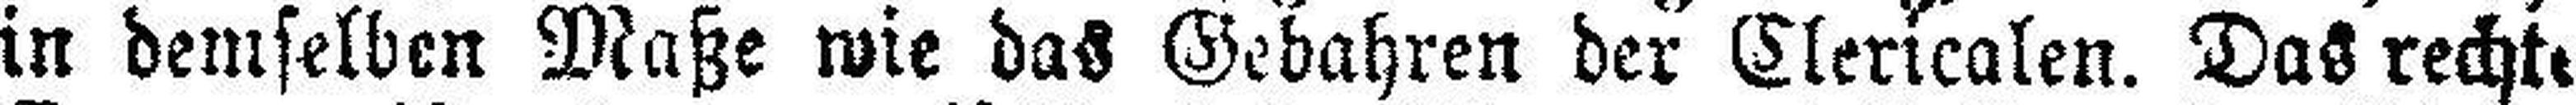
in demselben Maße wie das Gebahren der Clericalen. Das rechte